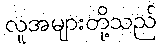
လူအများတို့သည်